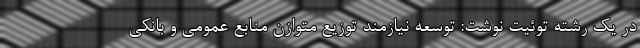
در یک رشته توئیت نوشت: توسعه نیازمند توزیع متوازن منابع عمومی و بانکی